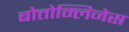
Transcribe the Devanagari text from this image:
बोत्तोम्लिनेस